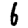
Digit: 6